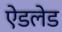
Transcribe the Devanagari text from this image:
ऐडलेड